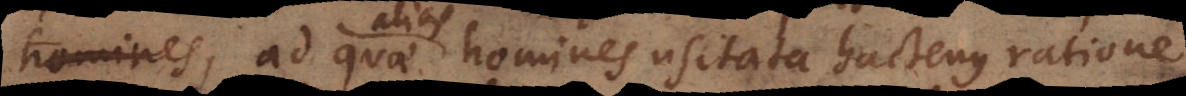
os, ad quae homines usitata hactenus ratione